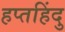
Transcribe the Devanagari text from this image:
हप्तहिंदु